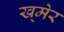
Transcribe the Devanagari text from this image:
ख्‌मेर